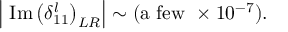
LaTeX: \left| ~ \mathrm { I m } \left( \delta _ { 1 1 } ^ { l } \right) _ { L R } \right| \sim ( \mathrm { a ~ f e w ~ } \times 1 0 ^ { - 7 } ) .